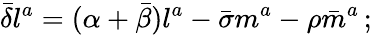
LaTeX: {\bar{\delta}}l^{a}=(\alpha+{\bar{\beta}})l^{a}-{\bar{\sigma}}m^{a}-\rho{\bar{m}}^{a}\, ;